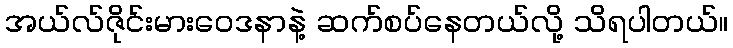
အယ်လ်ဇိုင်းမားဝေဒနာနဲ့ ဆက်စပ်နေတယ်လို့ သိရပါတယ်။